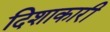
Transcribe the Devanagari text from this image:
दिशाकारी